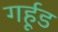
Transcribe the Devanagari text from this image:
गर्हूड